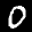
Label: 0